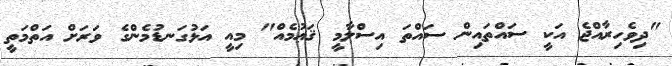
"ދިވެހިރާއްޖެ އަކީ ސައްތައިން ސައްތަ އިސްލާމީ ޤަޢުމެއް" މިއީ އަޅުގަނޑުމެންގެ ވަރަށް އަތްމަތީ